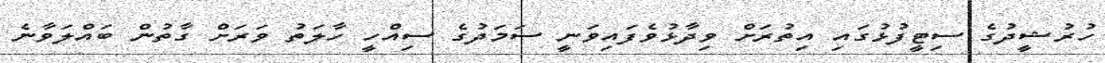
ހުރުޝީދުގެ ސިޓީފުޅުގައި އިތުރަށް ވިދާޅުވެފައިވަނީ ސަމަދުގެ ސިއްހީ ހާލަތު ވަރަށް ގާތުން ބައްލަވާނެ